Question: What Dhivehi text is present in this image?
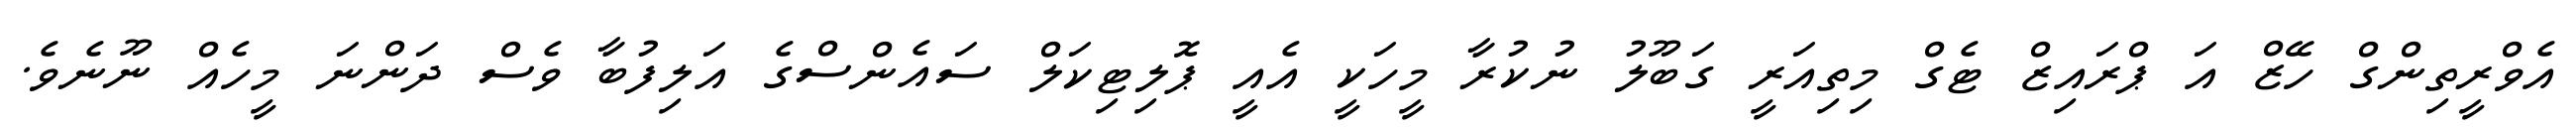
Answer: އެވްރީތިންގް ހޭޒް އަ ޕްރައިޒް ޓެގް މިތިއަރީ ގަބޫލު ނުކުރާ މީހަކީ އެއީ ޕޮލިޓިކަލް ސައެންސްގެ އަލިފުބާ ވެސް ދަންނަ މީހެއް ނޫނެވެ.